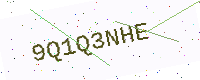
Text: 9Q1Q3NHE